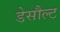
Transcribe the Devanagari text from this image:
डेसौल्ट